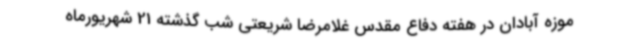
موزه آبادان در هفته دفاع مقدس غلامرضا شریعتی شب گذشته 21 شهریورماه